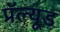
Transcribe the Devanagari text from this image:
प्रॅल्यूड